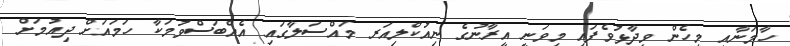
ހާމަނާއީ މިހެން ވިދާޅުވެފައި މިވަނީ އީރާނުގެ ނިއުކްލިއަރ މައްސަލާގައި އެއްބަސްވުމަކާ ހަމައަށް ދިއުމަށް